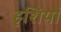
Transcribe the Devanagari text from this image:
हृशियों